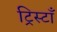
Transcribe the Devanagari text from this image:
ट्रिस्टाँ